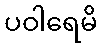
ပဝါရေမိ